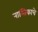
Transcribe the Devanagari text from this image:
नास्तिकाचे